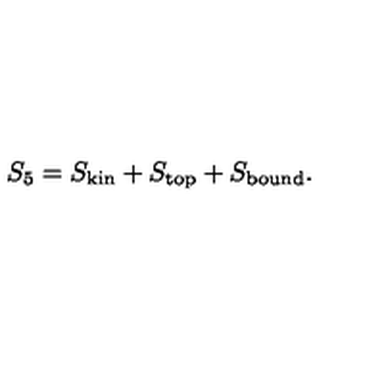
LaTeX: S _ { 5 } = S _ { \mathrm { k i n } } + S _ { \mathrm { t o p } } + S _ { \mathrm { b o u n d } } .